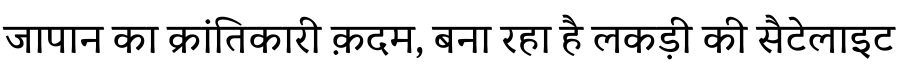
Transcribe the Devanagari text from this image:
जापान का क्रांतिकारी क़दम, बना रहा है लकड़ी की सैटेलाइट